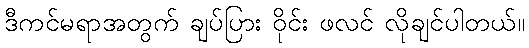
ဒီကင်မရာအတွက် ချပ်ပြား ဝိုင်း ဖလင် လိုချင်ပါတယ်။